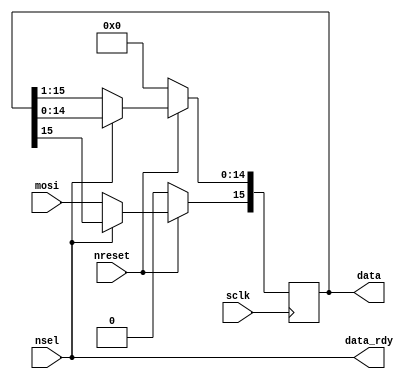
// Copyright 2023 Andreas Scharnreitner
//
// Licensed under the Apache License, Version 2.0 (the "License");
// you may not use this file except in compliance with the License.
// You may obtain a copy of the License at
//
// http://www.apache.org/licenses/LICENSE-2.0
//
// Unless required by applicable law or agreed to in writing, software
// distributed under the License is distributed on an "AS IS" BASIS,
// WITHOUT WARRANTIES OR CONDITIONS OF ANY KIND, either express or implied.
// See the License for the specific language governing permissions and
// limitations under the License.

module tt_um_spi #(parameter DATAWIDTH = 16)(
    output reg [DATAWIDTH-1 : 0]    data,
    output wire                     data_rdy,
    input wire                      nreset,
    input wire                      mosi,
    input wire                      sclk,
    input wire                      nsel
);

    assign data_rdy = nsel;

    always @(posedge sclk) begin
        if (nreset) begin
            if (nsel) begin
            end
            else begin
                data[DATAWIDTH-2:0] <= data[DATAWIDTH-1:1];
                data[DATAWIDTH-1] <= mosi;
            end
        end
        else begin
            data <= {DATAWIDTH{1'b0}};
        end
    end

endmodule